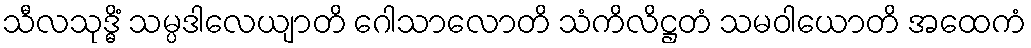
သီလသုဒ္ဓိံ သမ္ပဒါလေယျာတိ ဂေါသာလောတိ သံကိလိဋ္ဌတံ သမဝါယောတိ အထေကံ